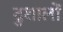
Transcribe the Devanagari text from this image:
दुशालों